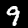
Label: 9